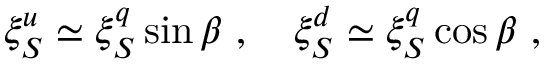
\xi _ { S } ^ { u } \simeq \xi _ { S } ^ { q } \sin \beta \ , \ \ \ \xi _ { S } ^ { d } \simeq \xi _ { S } ^ { q } \cos \beta \ ,